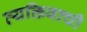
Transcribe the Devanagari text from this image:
व्यक्तिवाची